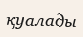
қуалады